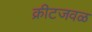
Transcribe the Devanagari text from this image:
क्रीटजवळ